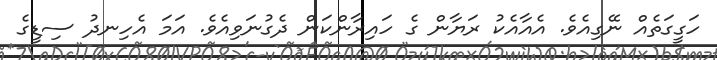
ހަގީގަތެއް ނޭގިއެވެ. އެއާއެކު ރަޔާން ގެ ހައިރާންކަން ދެގުނަވިއެވެ. އަމަ އެހިނދު ސިޑީގެ